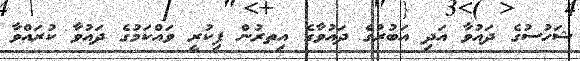
ޝަހުސުގެ ދައުވާ އަދި އަބުރުގެ ދައުވާގެ އިތރުން ފިކުރީ ވައްކަމުގެ ދައުވާ ކުރައްވާ